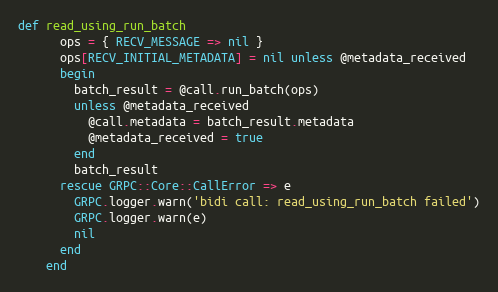
Language: Ruby
def read_using_run_batch
      ops = { RECV_MESSAGE => nil }
      ops[RECV_INITIAL_METADATA] = nil unless @metadata_received
      begin
        batch_result = @call.run_batch(ops)
        unless @metadata_received
          @call.metadata = batch_result.metadata
          @metadata_received = true
        end
        batch_result
      rescue GRPC::Core::CallError => e
        GRPC.logger.warn('bidi call: read_using_run_batch failed')
        GRPC.logger.warn(e)
        nil
      end
    end